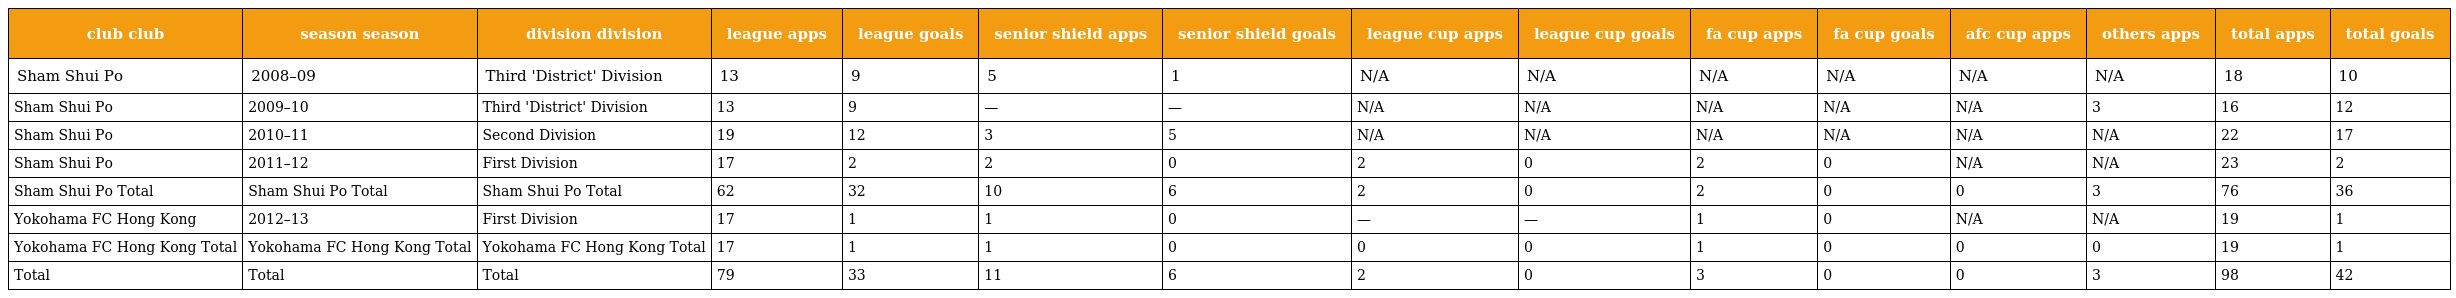
| club club | season season | division division | league apps | league goals | senior shield apps | senior shield goals | league cup apps | league cup goals | fa cup apps | fa cup goals | afc cup apps | others apps | total apps | total goals |
 | --- | --- | --- | --- | --- | --- | --- | --- | --- | --- | --- | --- | --- | --- | --- |
 | Sham Shui Po | 2008–09 | Third 'District' Division | 13 | 9 | 5 | 1 | N/A | N/A | N/A | N/A | N/A | N/A | 18 | 10 |
 | Sham Shui Po | 2009–10 | Third 'District' Division | 13 | 9 | — | — | N/A | N/A | N/A | N/A | N/A | 3 | 16 | 12 |
 | Sham Shui Po | 2010–11 | Second Division | 19 | 12 | 3 | 5 | N/A | N/A | N/A | N/A | N/A | N/A | 22 | 17 |
 | Sham Shui Po | 2011–12 | First Division | 17 | 2 | 2 | 0 | 2 | 0 | 2 | 0 | N/A | N/A | 23 | 2 |
 | Sham Shui Po Total | Sham Shui Po Total | Sham Shui Po Total | 62 | 32 | 10 | 6 | 2 | 0 | 2 | 0 | 0 | 3 | 76 | 36 |
 | Yokohama FC Hong Kong | 2012–13 | First Division | 17 | 1 | 1 | 0 | — | — | 1 | 0 | N/A | N/A | 19 | 1 |
 | Yokohama FC Hong Kong Total | Yokohama FC Hong Kong Total | Yokohama FC Hong Kong Total | 17 | 1 | 1 | 0 | 0 | 0 | 1 | 0 | 0 | 0 | 19 | 1 |
 | Total | Total | Total | 79 | 33 | 11 | 6 | 2 | 0 | 3 | 0 | 0 | 3 | 98 | 42 |